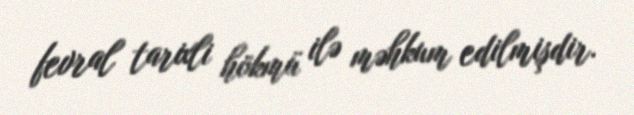
fevral tarixli hökmü ilə məhkum edilmişdir.